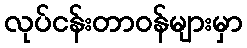
လုပ်ငန်းတာဝန်များမှာ